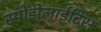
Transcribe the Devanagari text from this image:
स्पोंडोलाईटिस